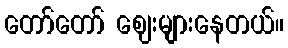
တော်တော် ဈေးများနေတယ်။